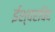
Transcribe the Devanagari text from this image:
ईश्वरविद